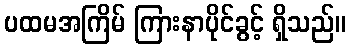
ပထမအကြိမ် ကြားနာပိုင်ခွင့် ရှိသည်။